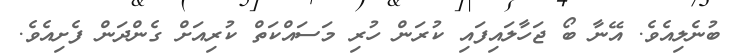
ބުނެލިއެވެ. އޭނާ ބޯ ޖަހާލައިފައި ކުރަން ހުރި މަސައްކަތް ކުރިއަށް ގެންދަން ފެށިއެވެ.